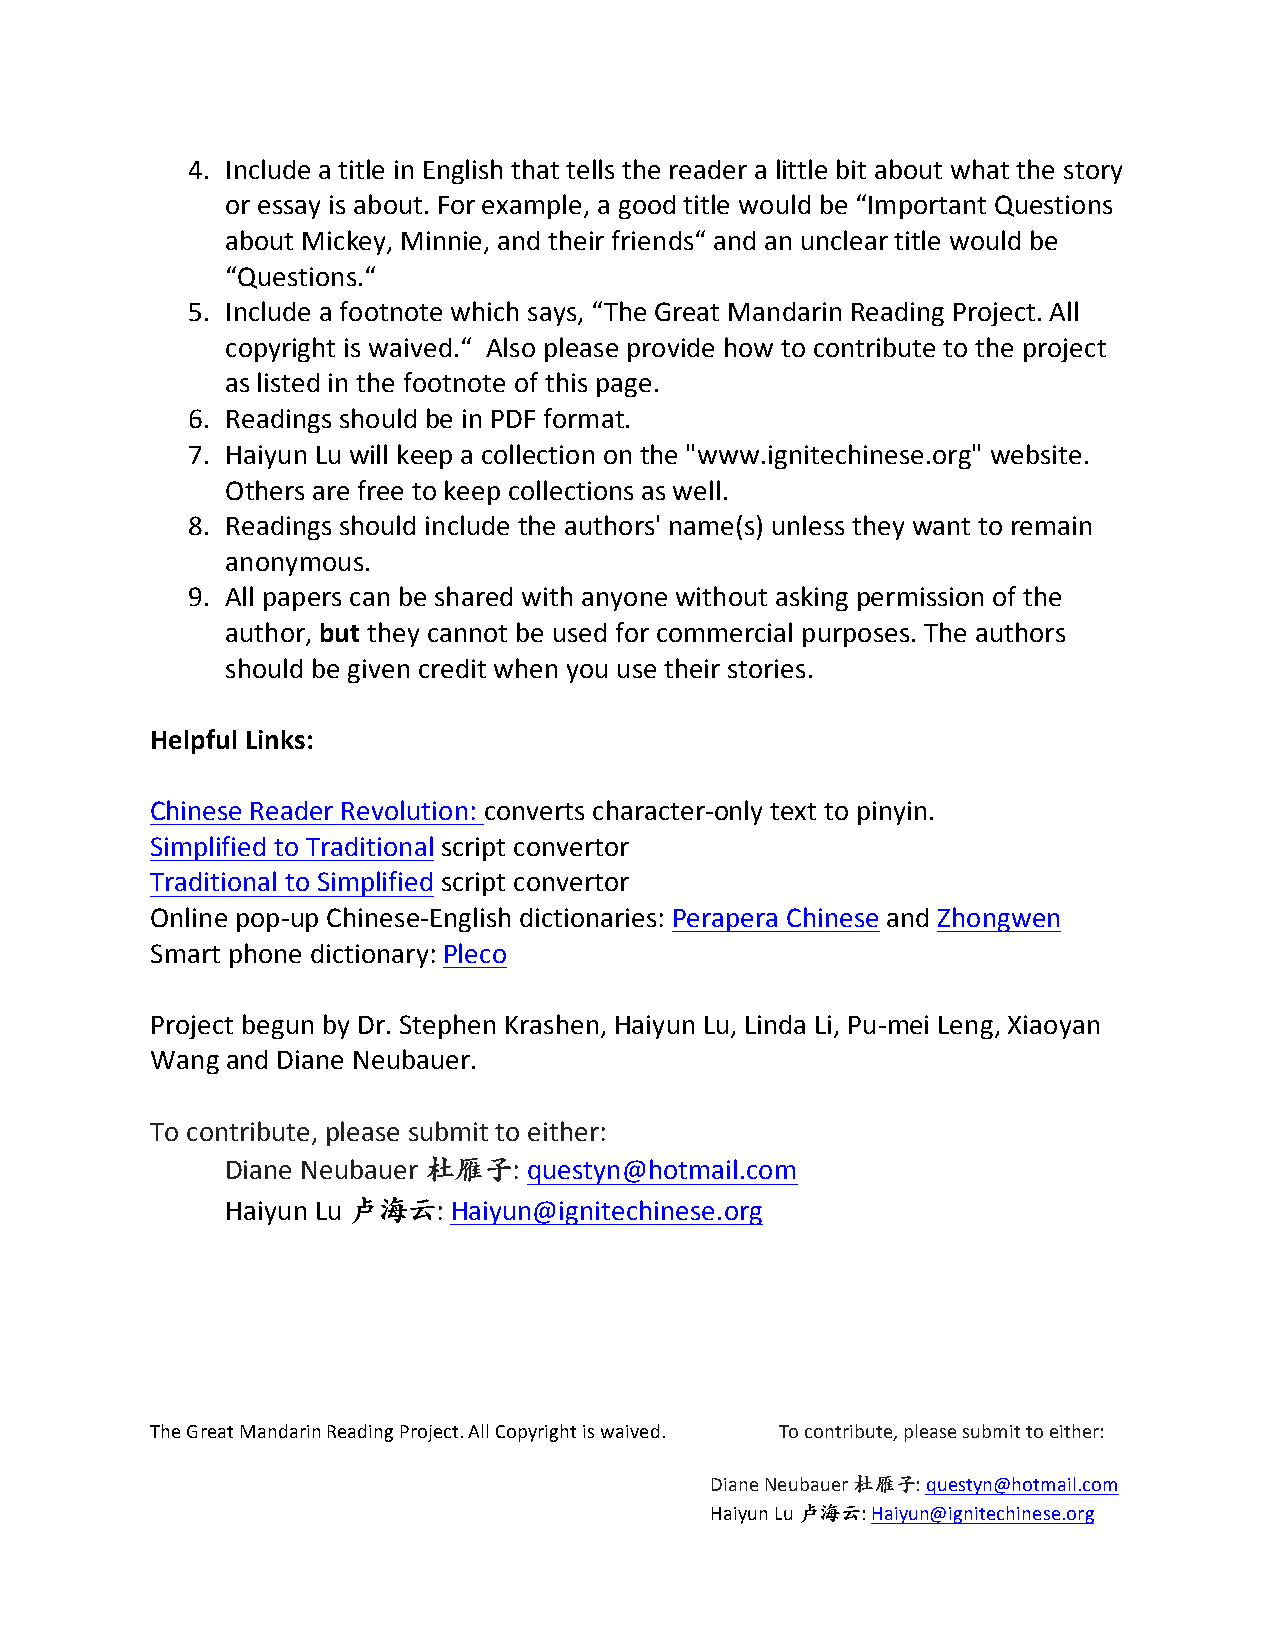
4. Include a title in English that tells the reader a little bit about what the story
 or essay is about. For example, a good title would be “Important Questions
 about Mickey, Minnie, and their friends“ and an unclear title would be
 “Questions.“
 5. Include a footnote which says, “The Great Mandarin Reading Project. All
 copyright is waived.“ Also please provide how to contribute to the project
 as listed in the footnote of this page.
 6. Readings should be in PDF format.
 7. Haiyun Lu will keep a collection on the "www.ignitechinese.org" website.
 Others are free to keep collections as well.
 8. Readings should include the authors' name(s) unless they want to remain
 anonymous.
 9. All papers can be shared with anyone without asking permission of the
 author, but they cannot be used for commercial purposes. The authors
 should be given credit when you use their stories.
 Helpful Links:
 Chinese Reader Revolution: converts character-­‐only text to pinyin.
 Simplified to Traditional script convertor
 Traditional to Simplified script convertor
 Online pop-­‐up Chinese-­‐English dictionaries: Perapera Chinese and Zhongwen
 Smart phone dictionary: Pleco
 Project begun by Dr. Stephen Krashen, Haiyun Lu, Linda Li, Pu-­‐mei Leng, Xiaoyan
 Wang and Diane Neubauer.
 To contribute, please submit to either:
 Diane Neubauer 杜雁子: questyn@hotmail.com
 Haiyun Lu 卢海云: Haiyun@ignitechinese.org
 The Great Mandarin Reading Project. All Copyright is waived. To contribute, please submit to either:
 Diane Neubauer 杜雁子: questyn@hotmail.com
 Haiyun Lu 卢海云: Haiyun@ignitechinese.org